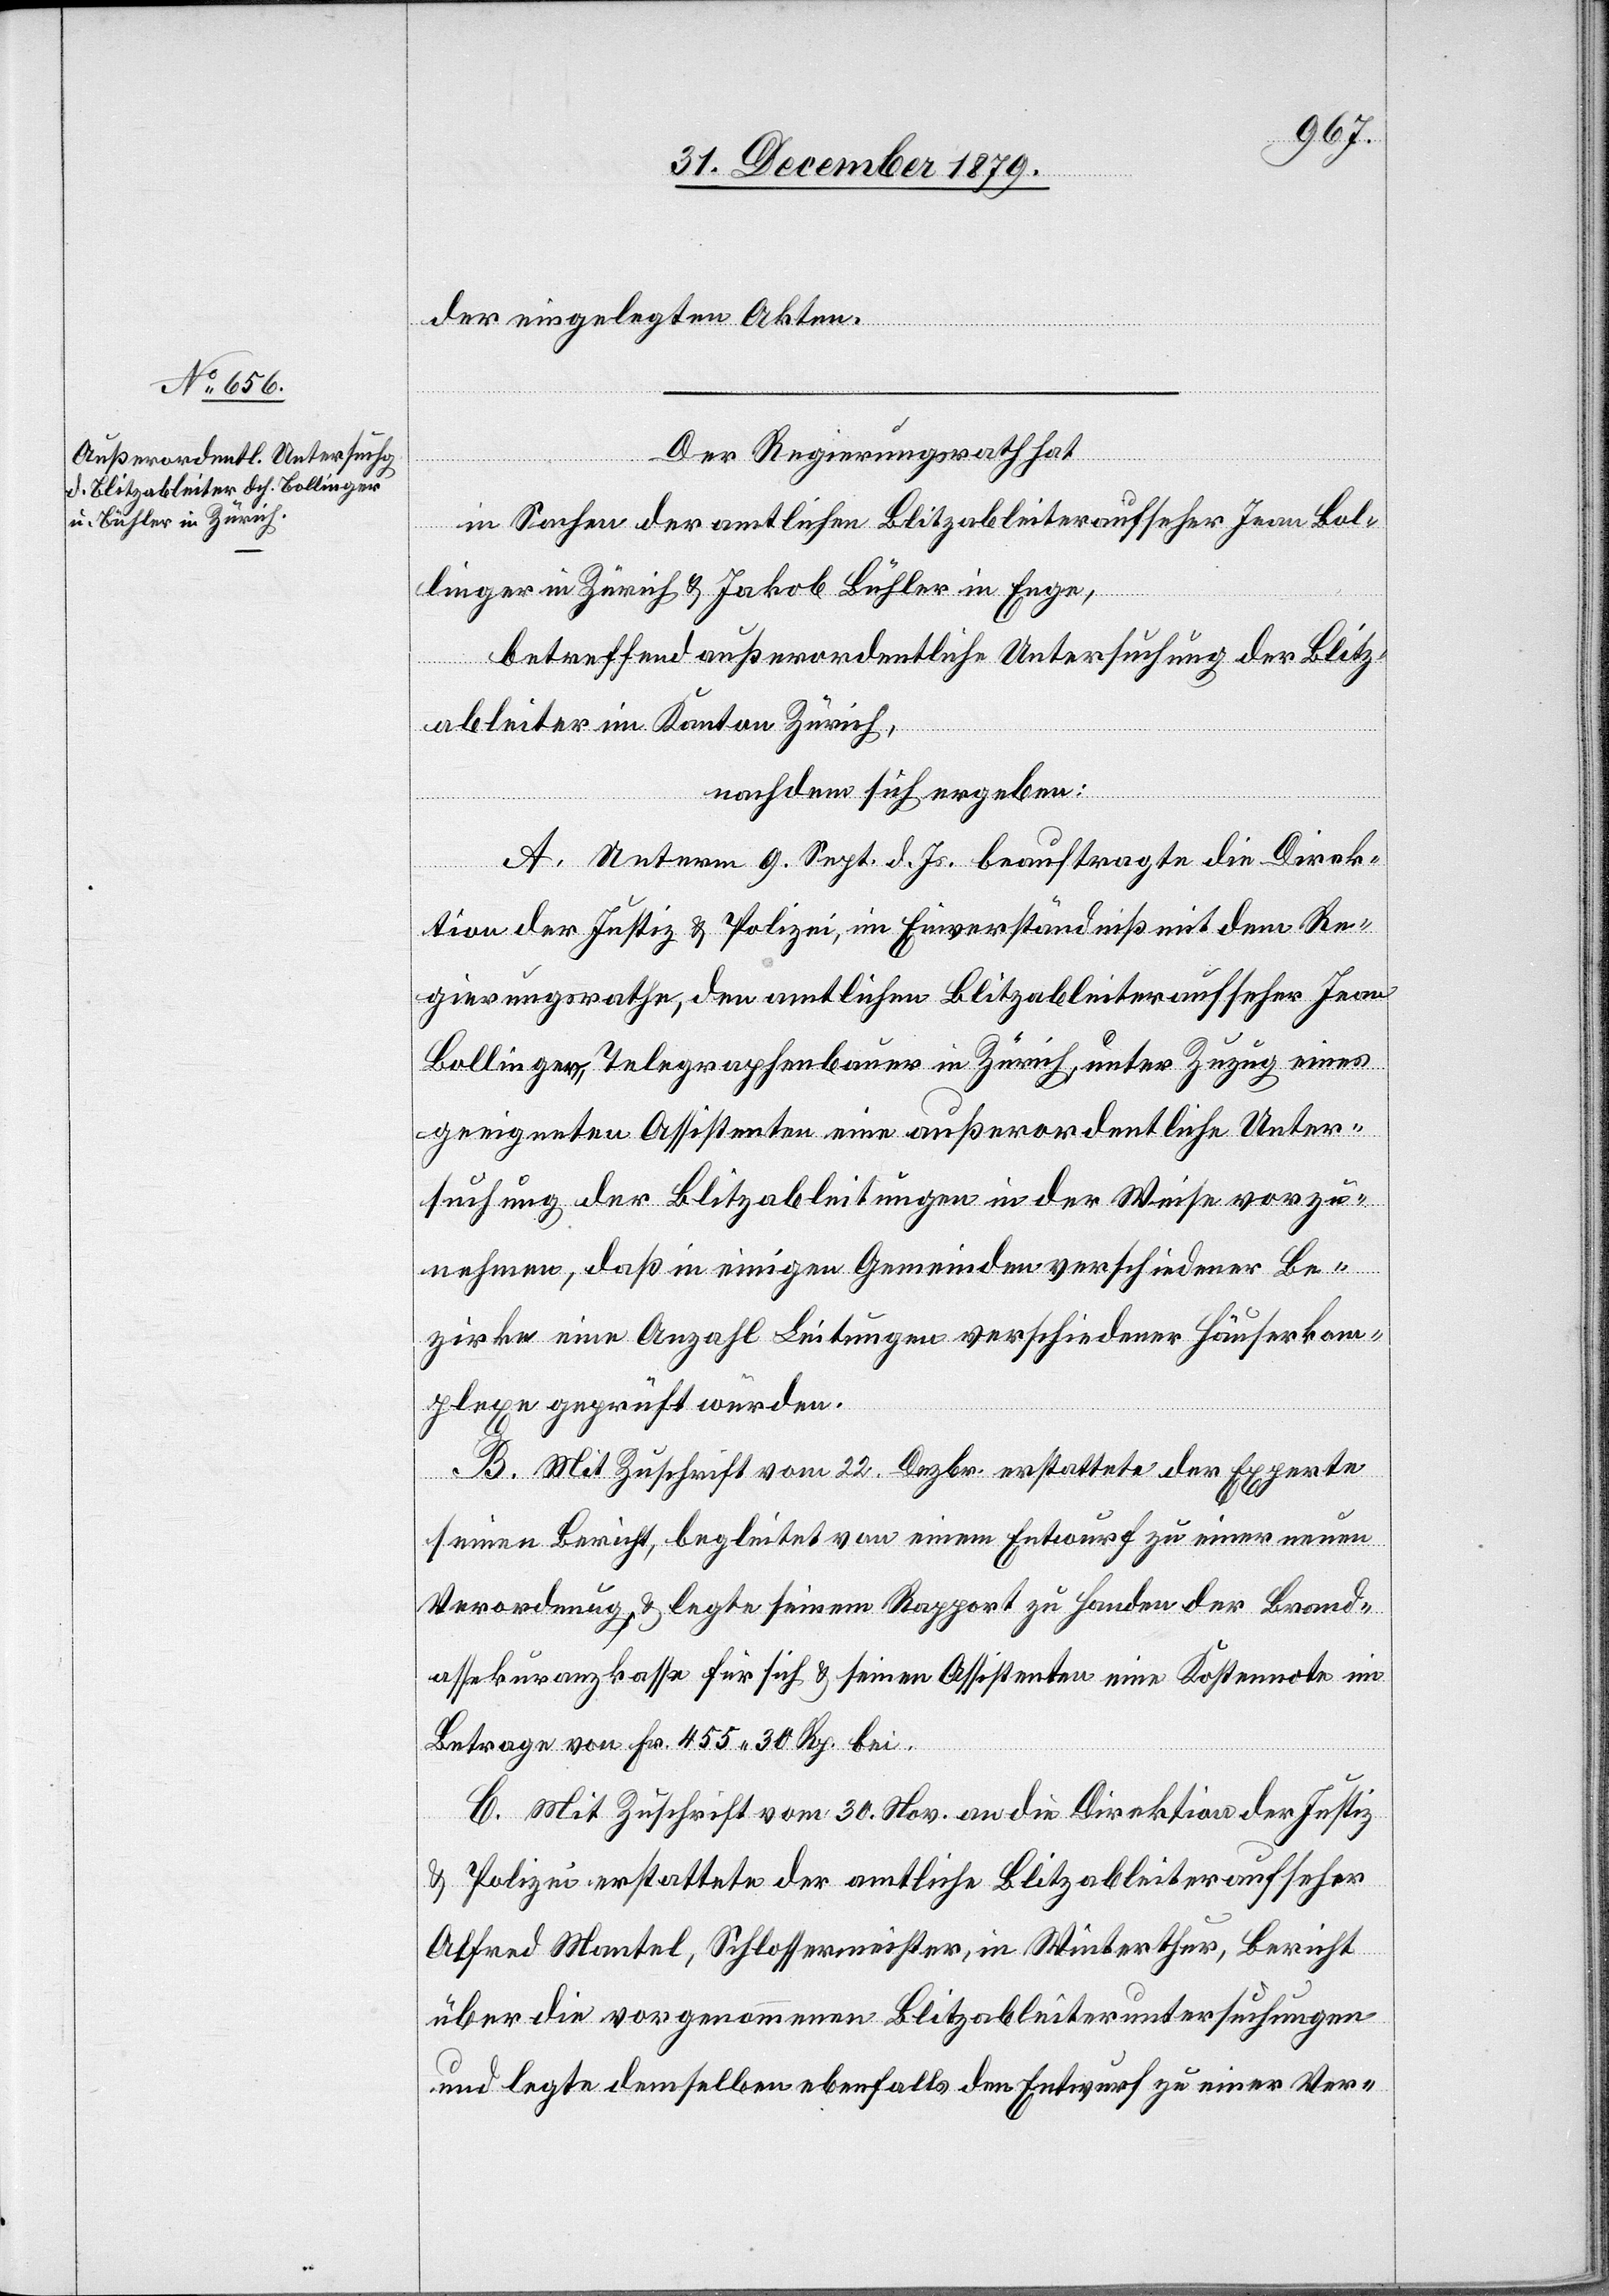
der eingelegten Akten.
Der Regierungsrath hat,
in Sachen der amtlichen Blitzableiteraufseher Jean Bol¬
rkom¬
linger in Zürich & Jakob Bühler in Enge,
betreffend außerordentliche Untersuchung der Blitz¬
ableiter im Kanton Zürich,
nachdem sich ergeben:
A. Unterm 9. Sept. d. Js. beauftragte die Direk¬
tion der Justiz & Polizei, im Einverständniß mit dem Re¬
gierungsrathe, den amtlichen Blitzableiteraufseher Jean
Bollinger, Telegraphenbauer in Zürich, unter Zuzug eines
geeigneten Assistenten eine außerordentliche Unter¬
suchung der Blitzableitungen in der Weise vorzu¬
nehmen, daß in einigen Gemeinden verschiedener [s¬
plexe geprüft würden.
B. Mit Zuschrift vom 22. Dezbr. erstattete der Experte
seinen Bericht, begleitet von einem Entwurf zu einer neuen
Verordnung, & legte seinem Rapport zu Handen der Brand¬
assekuranzkasse für sich & seinen Assistenten eine Kostennote im
Betrage von Fr. 455 30 Rp. bei.
C. Mit Zuschrift vom 30. Nov. an die Direktion der Justiz
& Polizei erstattet der amtliche Blitzableiteraufseher
Alfred Mantel, Schlossermeister, in Winterthur, Bericht
über die vorgenommenen Blitzableiteruntersuchungen
und legte demselben ebenfalls den Entwurf zu einer Ver-

ic!]